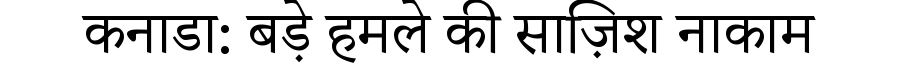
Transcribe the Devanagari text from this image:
कनाडा: बड़े हमले की साज़िश नाकाम